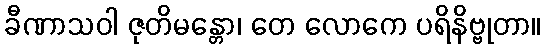
ခီဏာသဝါ ဇုတိမန္တော၊ တေ လောကေ ပရိနိဗ္ဗုတာ။